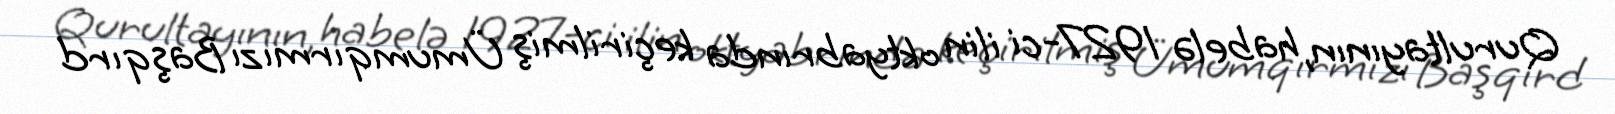
Qurultayının, habelə 1927-ci ilin oktyabrında keçirilmiş Ümumqırmızı Başqırd